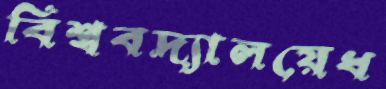
বিশ্ববদ্যালয়েধ